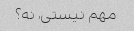
مهم نیستی، نه؟